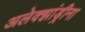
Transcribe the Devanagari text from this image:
अलेक्झांड्रीना